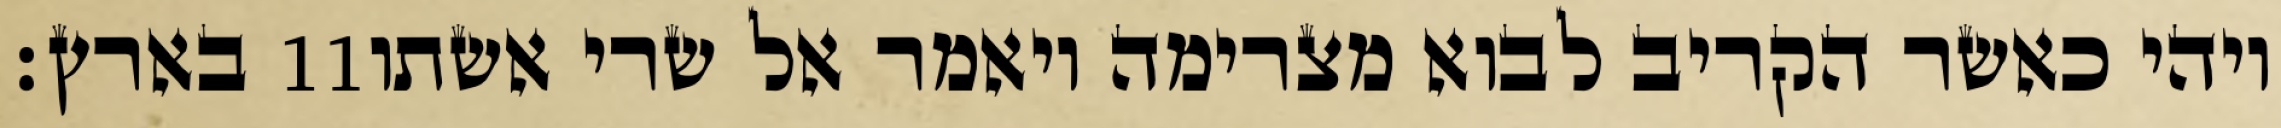
בארץ׃ ‎11‏ ויהי כאשר הקריב לבוא מצרימה ויאמר אל שרי אשתו